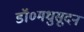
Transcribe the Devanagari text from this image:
डॉ०मधुसूदन